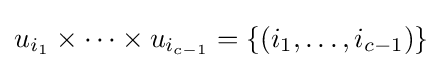
u_{i_{1}}\times \cdots \times u_{i_{c-1}}=\{(i_{1},\ldots ,i_{c-1})\}